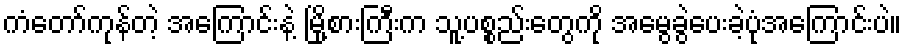
ကံတော်ကုန်တဲ့ အကြောင်းနဲ့ မြို့စားကြီးက သူ့ပစ္စည်းတွေကို အမွေခွဲပေးခဲ့ပုံအကြောင်းပဲ။